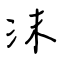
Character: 沫